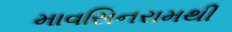
માવસિનરામથી